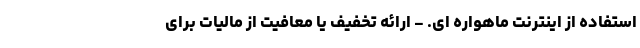
استفاده از اینترنت ماهواره ای. - ارائه تخفیف یا معافیت از مالیات برای